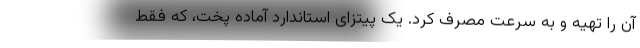
آن را تهیه و به سرعت مصرف کرد. یک پیتزای استاندارد آماده پخت، که فقط